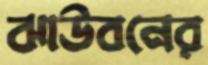
ঝাউবনের